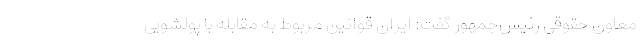
معاون حقوقی رئیس‌جمهور گفت: ایران قوانین مربوط به مقابله با پولشویی